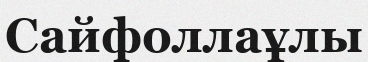
Сайфоллаұлы